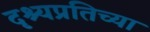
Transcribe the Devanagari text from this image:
दृश्यप्रतिच्या